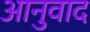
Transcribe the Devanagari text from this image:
आनुवाद